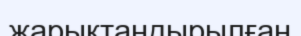
жарықтандырылған